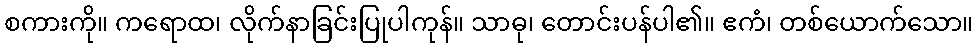
စကားကို။ ကရောထ၊ လိုက်နာခြင်းပြုပါကုန်။ သာဓု၊ တောင်းပန်ပါ၏။ ဧကံ၊ တစ်ယောက်သော။